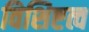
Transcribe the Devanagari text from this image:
विशिष्टत्व